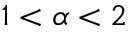
1 < \alpha < 2